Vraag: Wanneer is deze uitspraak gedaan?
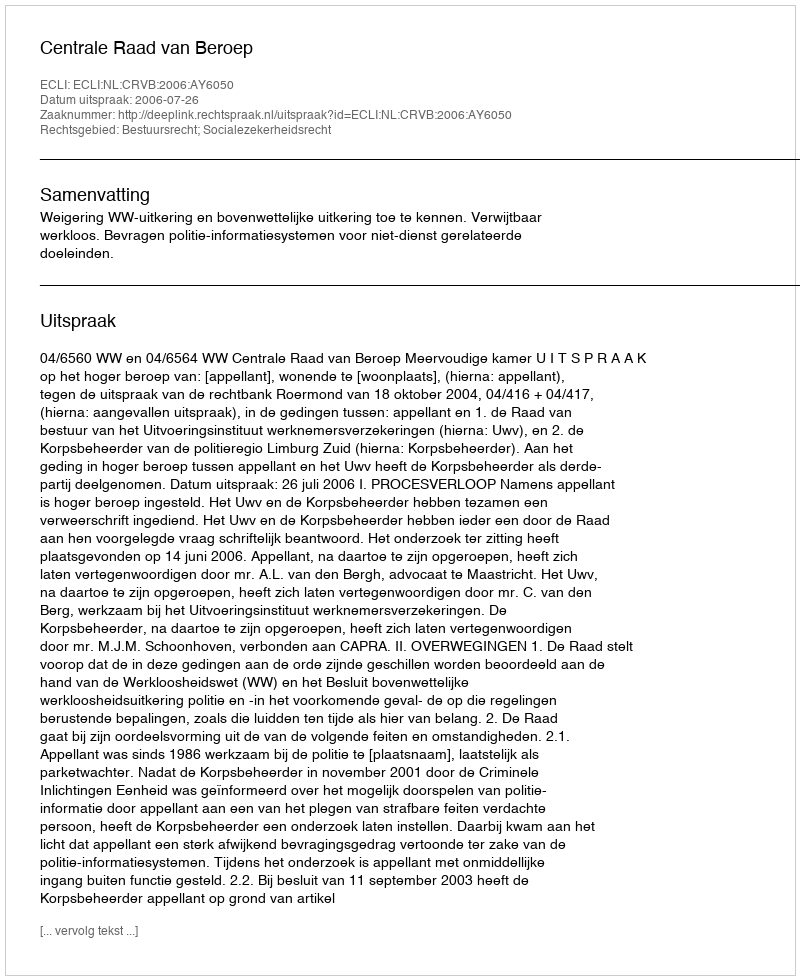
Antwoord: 2006-07-26